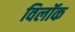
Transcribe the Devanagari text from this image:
विलॉक